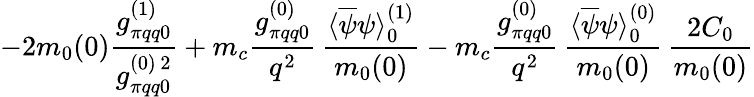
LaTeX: -2m_{0}(0)\frac{g_{\pi qq0}^{(1)}}{g_{\pi qq0}^{(0)\, 2}}+m_{c}\frac{g_{\pi qq0}^{(0)}}{q^{2}}\, \frac{\langle\overline{{{\psi}}}\psi\rangle_{0}^{(1)}}{m_{0}(0)}-m_{c}\frac{g_{\pi qq0}^{(0)}}{q^{2}}\, \frac{\langle\overline{{{\psi}}}\psi\rangle_{0}^{(0)}}{m_{0}(0)}\, \frac{2C_{0}}{m_{0}(0)}